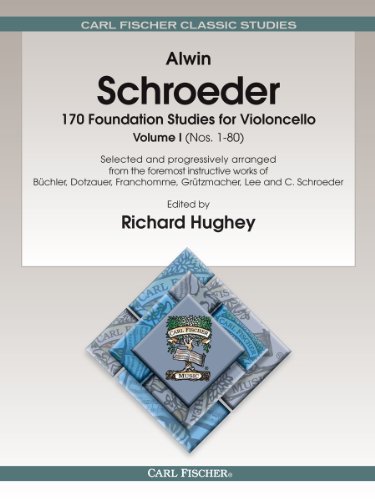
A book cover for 170 Foundation Studies for Violoncello, Vol. 1 (English and German Edition); Alvin Schroeder; Arts & Photography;